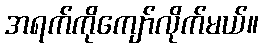
အရက်ကိုကျော်လိုက်မယ်။